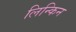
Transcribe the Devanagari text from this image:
लिन्किन